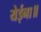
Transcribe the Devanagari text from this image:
येईना॥